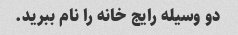
دو وسیله رایج خانه را نام ببرید.